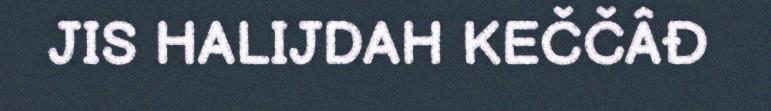
JIS HALIJDAH KEČČÂĐ